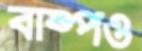
বাষ্পও